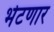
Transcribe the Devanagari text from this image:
भेटणार